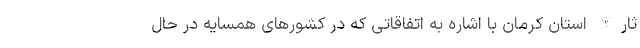
ثارالله استان کرمان با اشاره به اتفاقاتی که در کشورهای همسایه در حال